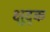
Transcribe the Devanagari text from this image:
क्षुदृक